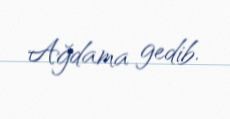
Ağdama gedib.